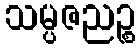
သမ္ပဇညဉ္စ